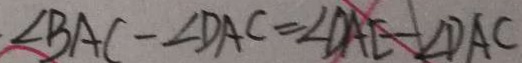
\angle B A C - \angle D A C = \angle D A E - \angle D A C